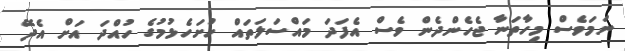
ނަމަވެސް މިހާތަނާ ޖެހެންދެން ވެސް އެފަދަ މައްސަލަތައް ހުށަހެޅުމުގެ ހުއްދަ އަށް އެދޭ